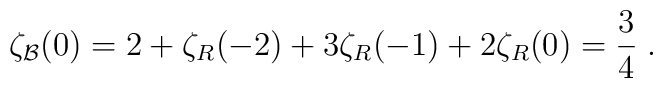
\zeta_{\cal B}(0)=2+\zeta_{R}(-2)+3\zeta_{R}(-1)+2 \zeta_{R}(0)={3\over 4} \; .